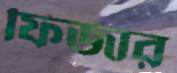
ফিজার